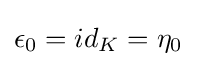
\epsilon _{0}=id_{K}=\eta _{0}